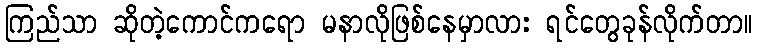
ကြည်သာ ဆိုတဲ့ကောင်ကရော မနာလိုဖြစ်နေမှာလား ရင်တွေခုန်လိုက်တာ။